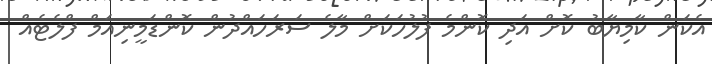
އެކަން ކާމިޔާބު ކޮށް އަދި ކޮންމެ ފުލުހަކަށް މާލެ ސަރަހައްދުން ކޮންޑަމީނިއަމް ފްލެޓެއް